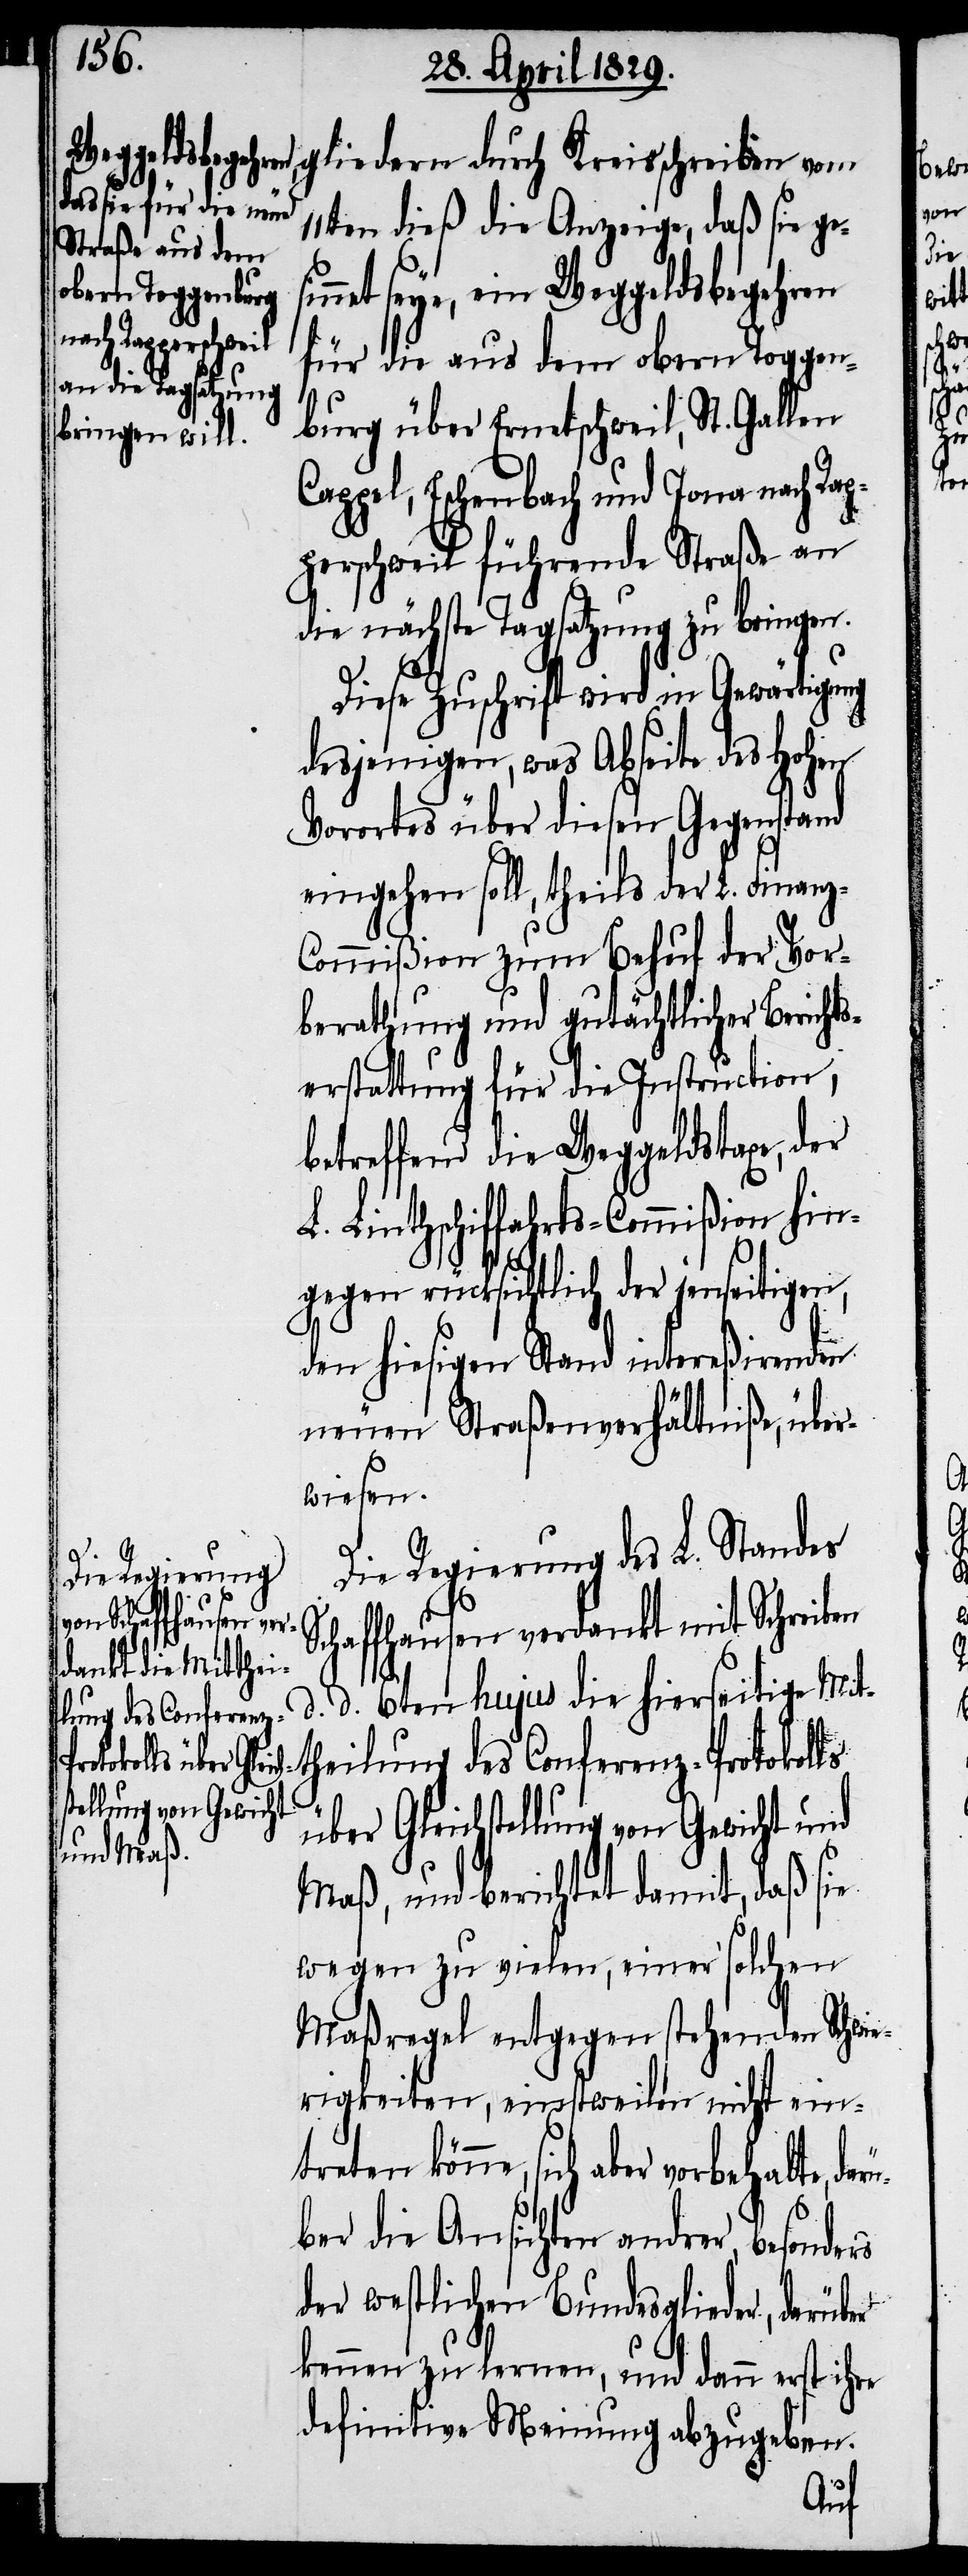
treten könne,
vorbehalte, darü¬
tellung von Gewicht

gliedern durch Kreisschreiben vom
11ten dieß die Anzeige, daß sie ges¬
innet sey, ein Weggeldsbegehren
für die aus dem obern Toggen¬
C¬
burg über Ernetschweil, St. Gallen
appel, Eschenbach und Jona nach R¬
perschweil führende Straße an
die nächste Tagsatzung zu bringen.
Diese Zuschrift wird in Gewärtigung
desjenigen, was Abseite des Hohen
Vorortes über diesen Gegenstand
eingehen soll, theils der L. Finanz-C¬
ommißion zum Behuf der Vor¬
berathung und gutächtlicher Bericht¬
serstattung für die Instruction,
betreffend die Weggeldstaxe, der
L. Linthschiffahrts-Commißion hin¬
gegen rücksichtlich der jenseitigen,
den hiesigen Stand intereßirenden
neuen Straßenverhältniße, über¬
wiesen.
Die Regierung des L. Standes
Schaffhausen verdankt mit Schreiben
d. d. 6ten hujus die hierseitige Mit¬
theilung des Conferenz-Protokolls
Maß, und berichtet damit, daß sie
wegen zu vielen, einer solchen
Maßregel entgegenstehenden Schwie¬
rigkeiten, einstweilen nicht ein¬
ber die Ansichten andrer, besonders
der westlichen Bundesglieder, darüber
kennen zu lernen, und dann erst ihre
definitive Meinung abzugeben.

ap¬